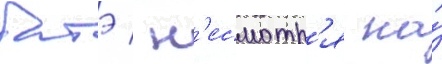
батэ / н'есмотр'я на́